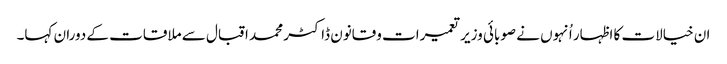
ان خیالات کا اظہار اُنہوں نے صوبائی وزیر تعمیرات وقانون ڈاکٹر محمد اقبال سے ملاقات کے دوران کہا۔